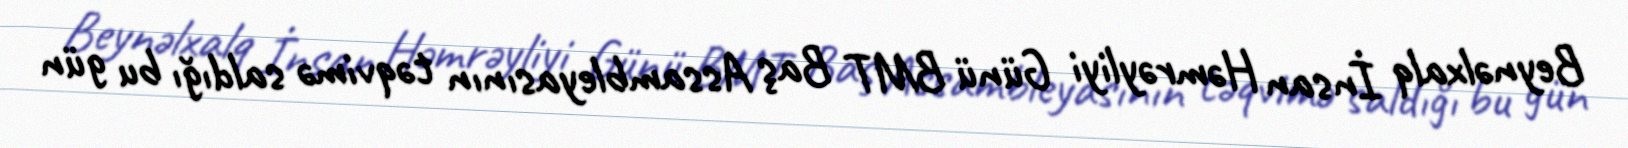
Beynəlxalq İnsan Həmrəyliyi Günü BMT Baş Assambleyasının təqvimə saldığı bu gün